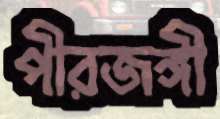
পীরজঙ্গী